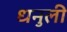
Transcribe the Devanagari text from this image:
धनुली